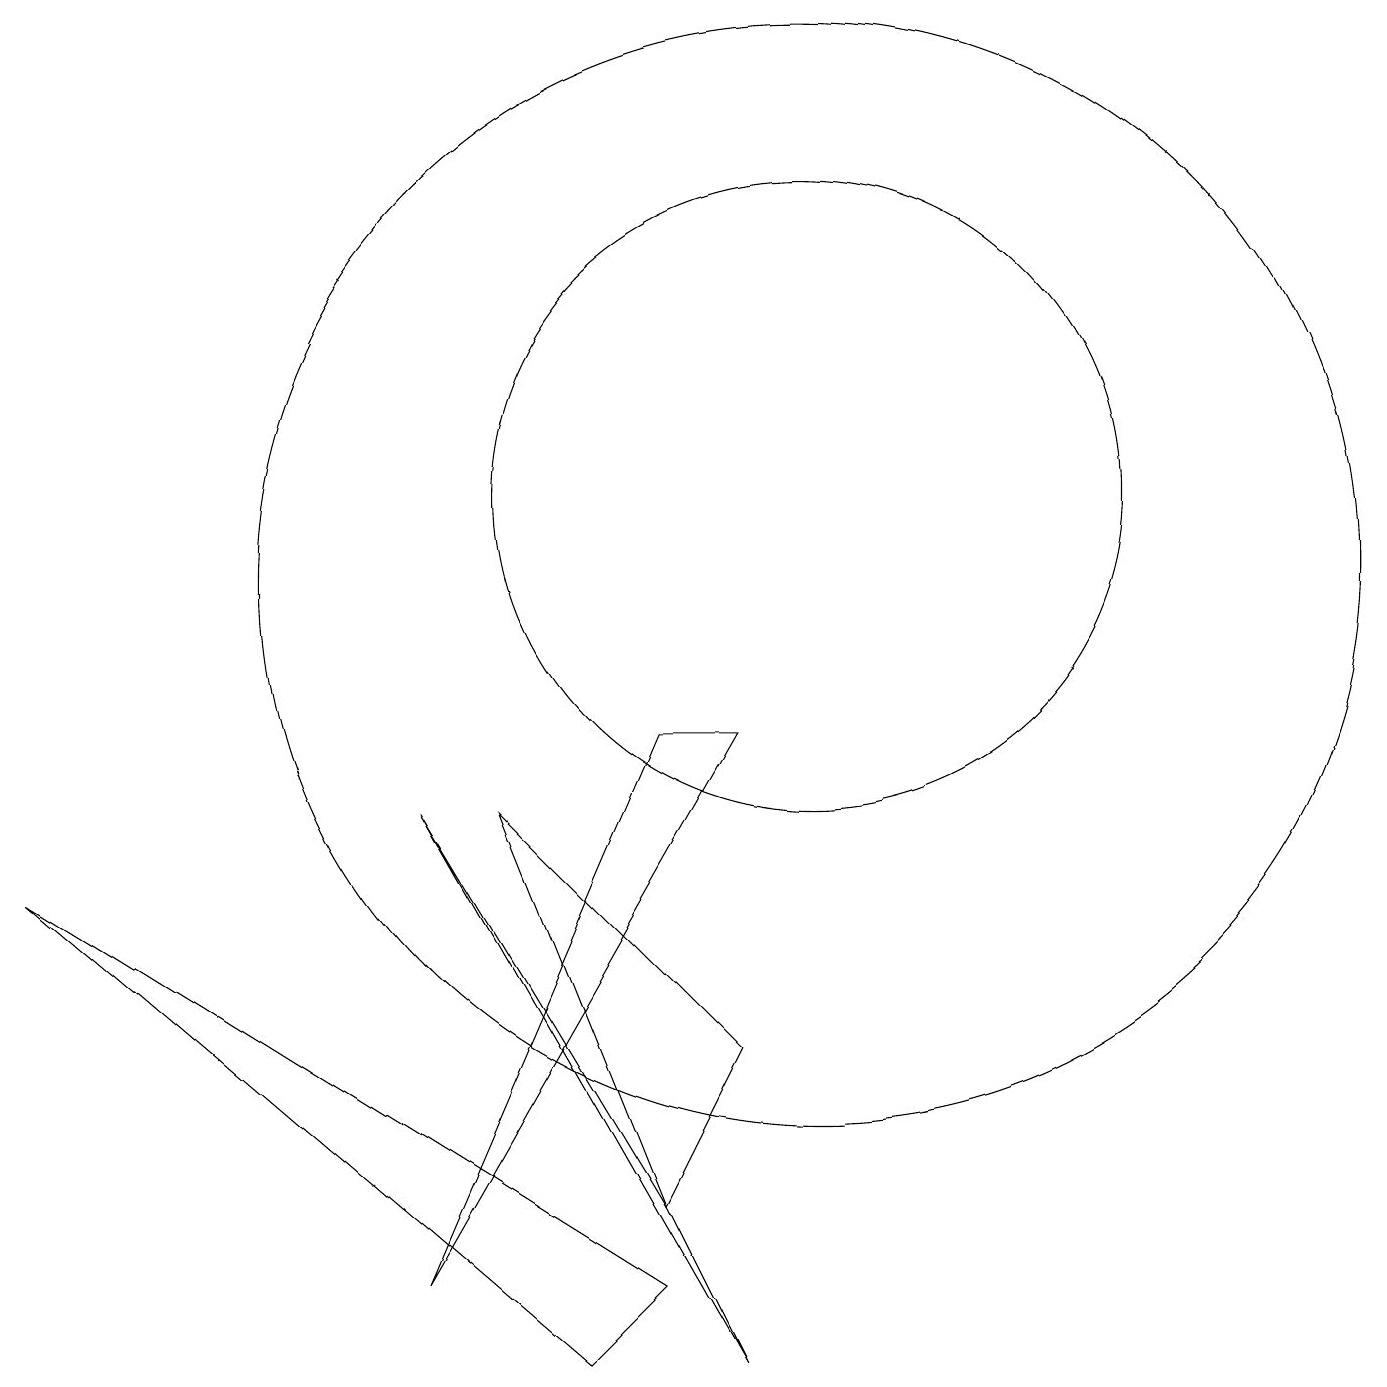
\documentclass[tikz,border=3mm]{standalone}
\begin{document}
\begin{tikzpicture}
\draw (5,7) -- (9,0) -- (8,2) -- cycle;
\draw (7,0) -- (0,6) -- (8,1) -- cycle;
\draw (10,11) circle (4);
\draw (5,1) -- (8,8) -- (9,8) -- cycle;
\draw (9,4) -- (6,7) -- (8,2) -- cycle;
\draw (10,10) circle (7);
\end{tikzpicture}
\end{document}